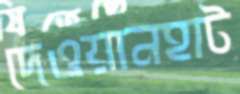
দেওয়ানহাট